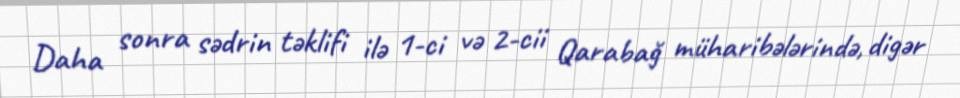
Daha sonra sədrin təklifi ilə 1-ci və 2-cii Qarabağ müharibələrində, digər